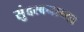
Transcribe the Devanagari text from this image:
सुंदरबनाच्या